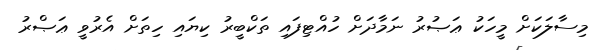
މިސާލަކަށް މީހަކު ޢަޞުރު ނަމާދަށް ހުއްޓިފައި ތަކްބީރު ކިޔައި ހިތަށް އެރުވީ ޢަޞްރު